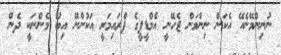
ނުނިންމޭނެއޭ އެކަން ނިންމަން ޖެހޭނީ އެމްޑީޕީގެ ޕްރައިމަރީ އަކުންނޭ އިބޫ މެންނަކީ ދެން